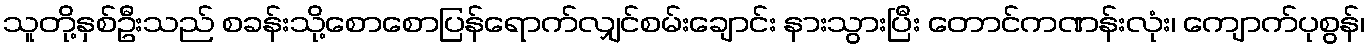
သူတို့နှစ်ဦးသည် စခန်းသို့စောစောပြန်ရောက်လျှင်စမ်းချောင်း နားသွားပြီး တောင်ကဏန်းလုံး၊ ကျောက်ပုစွန်၊